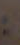
: